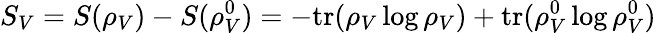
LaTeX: S_{V}=S(\rho_{V})-S(\rho_{V}^{0})=-\mathrm{tr}(\rho_{V}\log\rho_{V})+\mathrm{tr}(\rho_{V}^{0}\log\rho_{V}^{0})